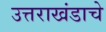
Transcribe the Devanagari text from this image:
उत्तराखंडाचे